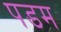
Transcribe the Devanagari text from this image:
पडम